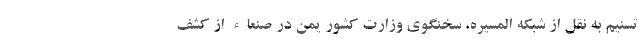
تسنیم به نقل از شبکه المسیره، سخنگوی وزارت کشور یمن در صنعاء از کشف